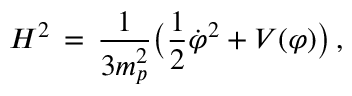
H ^ { 2 } \, = \, { \frac { 1 } { 3 m _ { p } ^ { 2 } } } \bigl ( { \frac { 1 } { 2 } } { \dot { \varphi } } ^ { 2 } + V ( \varphi ) \bigr ) \, ,